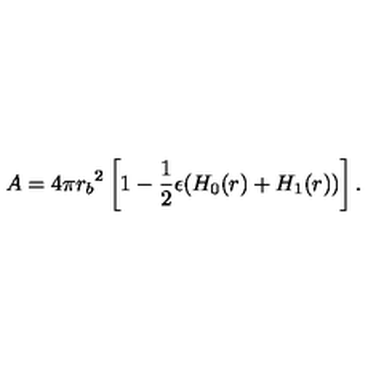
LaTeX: A = 4 \pi { r _ { b } } ^ { 2 } \left[ 1 - \frac { 1 } { 2 } \epsilon ( H _ { 0 } ( r ) + H _ { 1 } ( r ) ) \right] .